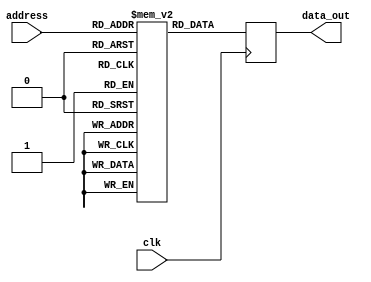
module parameterized_rom #(
    parameter DATA_WIDTH = 8,       // Width of each data word
    parameter ADDR_WIDTH = 4        // Number of address lines
) (
    input wire [ADDR_WIDTH-1:0] address,  // Address input
    input wire clk,                       // Clock input (for synchronous read)
    output reg [DATA_WIDTH-1:0] data_out  // Data output
);

    // Internal memory array declaration
    reg [DATA_WIDTH-1:0] memory_array [0:(1 << ADDR_WIDTH) - 1];

    // Initialize the ROM contents
    initial begin
        // Example initialization, you can modify this
        memory_array[0] = 8'hAA;
        memory_array[1] = 8'hBB;
        memory_array[2] = 8'hCC;
        memory_array[3] = 8'hDD;
        memory_array[4] = 8'hEE;
        memory_array[5] = 8'hFF;
        memory_array[6] = 8'h00;
        memory_array[7] = 8'h11;
        // More initial values can be added here...
    end

    // Synchronous read operation
    always @(posedge clk) begin
        data_out <= memory_array[address];  // Read data on clock edge
    end

    // Uncomment the following block for asynchronous read operation
    /*
    always @(*) begin
        data_out = memory_array[address];  // Read data combinationally
    end
    */

endmodule